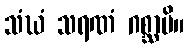
သံဃံ သရဏံ ဂစ္ဆာမိ။